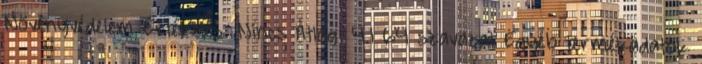
Növényvédelem Értékelés: Nincs Átlag: 4.1 64 szavazat Egyéb termékadatok